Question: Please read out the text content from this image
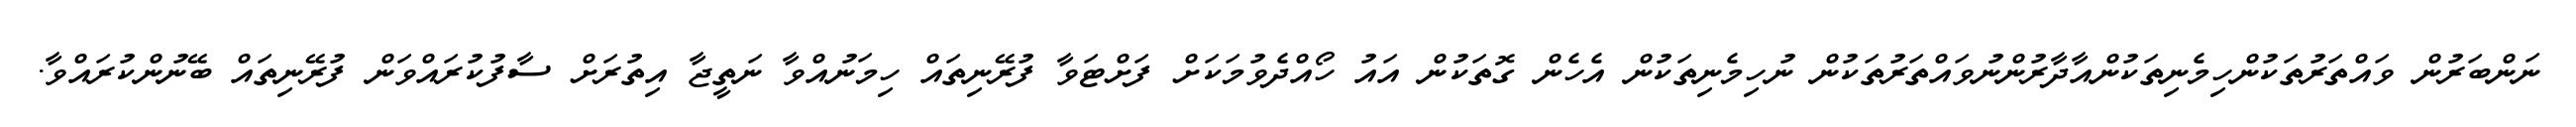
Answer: ނަންބަރުން ވައްތަރުތަކުންހިމެނިތަކުންއާދާރުންނުވައްތަރުތަކުން ނުހިމެނިތަކުން އެހެން ގޮތަކުން އައު ހޯއްދެވުމަކަށް ފަށްޓަވާ ފުރޭނިތައް ހިމަނުއްވާ ނަތީޖާ އިތުރަށް ސާފުކުރައްވަން ފުރޭނިތައް ބޭނުންކުރައްވާ.